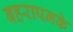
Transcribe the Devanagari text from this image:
बहरापनके